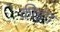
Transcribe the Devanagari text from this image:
कीइंग